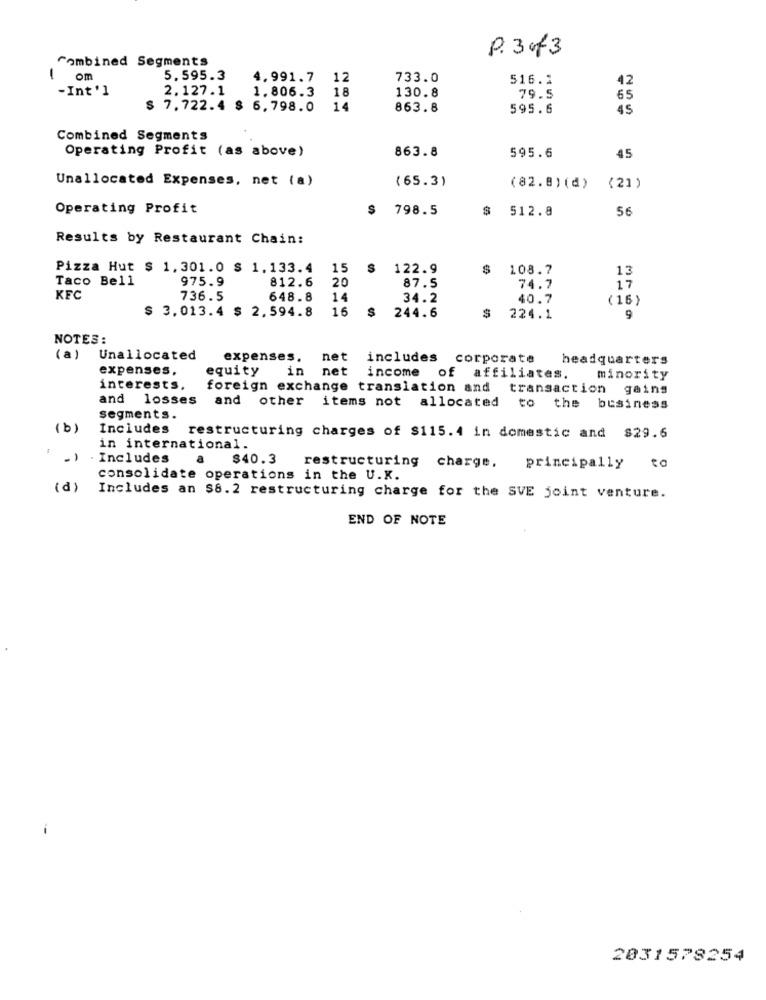
P.3 of3
Combined Segments
om
5.595.3
4,991.7 12
733.0
516.2
42
-Int'l
2.127.1
1.806.3
18
130.8
79.5
65
$ 7.722.4 $ 6,798.0
14
863.8
595.6
45
Combined Segments
Operating Profit (as above)
863.8
595.6
45
Unallocated Expenses, net (a)
(65.3)
(82. 8) (d)
(21 )
Operating Profit
S
798.5
$ 512.8
56
Results by Restaurant Chain:
Pizza Hut $ 1,301.0 $ 1.133.4
15
S
122.9
$ 108.7
13
Taco Bell
975.9
812.6
20
87.5
74.7
17
KFC
736.5
648.8
14
34.2
40.7
(16)
$ 3.013.4 $ 2,594.8
16
244.6
$
224.1
9
NOTES:
(a)
Unallocated
expenses.
net
includes corporate
headquarters
expenses,
equity
in
net
income of affiliates.
minority
interests,
foreign exchange translation and transaction gains
and losses and other
items not allocated to the business
segments.
(b)
Includes
restructuring charges of $115. 4 in domestic and $29.6
in international.
. Includes
a
$40.3
restructuring charge,
principally
to
consolidate operations in the U.K.
(d)
Includes an $8. 2 restructuring charge for the SVE joint venture.
END OF NOTE
2031578254